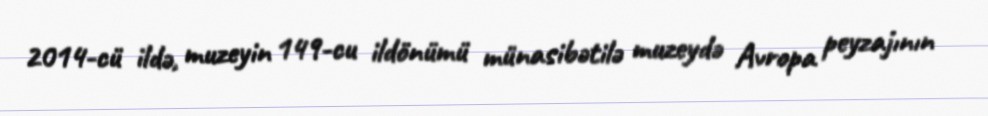
2014-cü ildə, muzeyin 149-cu ildönümü münasibətilə muzeydə Avropa peyzajının